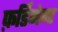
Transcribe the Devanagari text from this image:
फ़र्डिनेन्ड